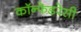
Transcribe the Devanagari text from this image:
कॉन्फेडरेसी